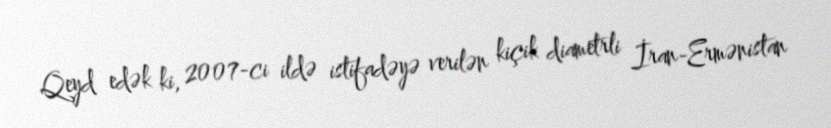
Qeyd edək ki, 2007-ci ildə istifadəyə verilən kiçik diametrli İran-Ermənistan